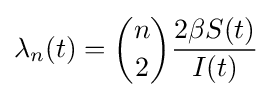
\lambda _{n}(t)={n \choose 2}{\frac {2\beta S(t)}{I(t)}}